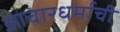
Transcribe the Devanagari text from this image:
आचारधर्माची